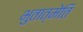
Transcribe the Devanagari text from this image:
भुतात्मेति